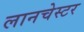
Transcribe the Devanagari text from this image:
लानचेस्टर